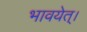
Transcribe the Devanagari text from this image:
भावयेत्‌।